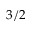
3 / 2